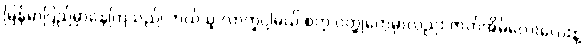
မြန်မာပြည်မှာနေကြသည်၊ ဘယ်သူ လာကူပါ့မယ် စတဲ့ ဝတ္ထုတွေမှာလည်း ဇာတ်အိမ်လေးလေးနဲ့